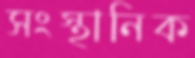
সংস্থানিক